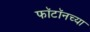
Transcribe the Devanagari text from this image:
फॉटॉनच्या